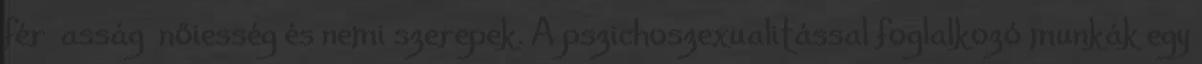
férﬁasság nőiesség és nemi szerepek. A pszichoszexualitással foglalkozó munkák egy